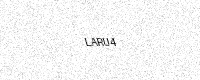
Text: LARU4